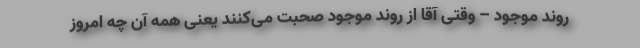
روند موجود – وقتی آقا از روند موجود صحبت می‌کنند یعنی همه آن چه امروز